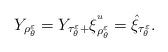
LaTeX: \begin{align*}Y_{\rho^{\varepsilon}_{\theta}}= Y_{\tau^{\varepsilon}_{\theta}+} \xi^{^u}_{\rho^{\varepsilon}_{\theta}}=\hat \xi_{\tau^{\varepsilon}_{\theta}}.\end{align*}